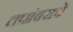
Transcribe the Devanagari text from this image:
तपांबराचे